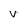
Character: V